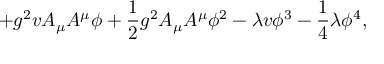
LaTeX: + g ^ { 2 } v A _ { \mu } A ^ { \mu } \phi + \frac { 1 } { 2 } g ^ { 2 } A _ { \mu } A ^ { \mu } \phi ^ { 2 } - \lambda v \phi ^ { 3 } - \frac { 1 } { 4 } \lambda \phi ^ { 4 } ,